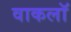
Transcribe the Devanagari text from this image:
वाकलॉ